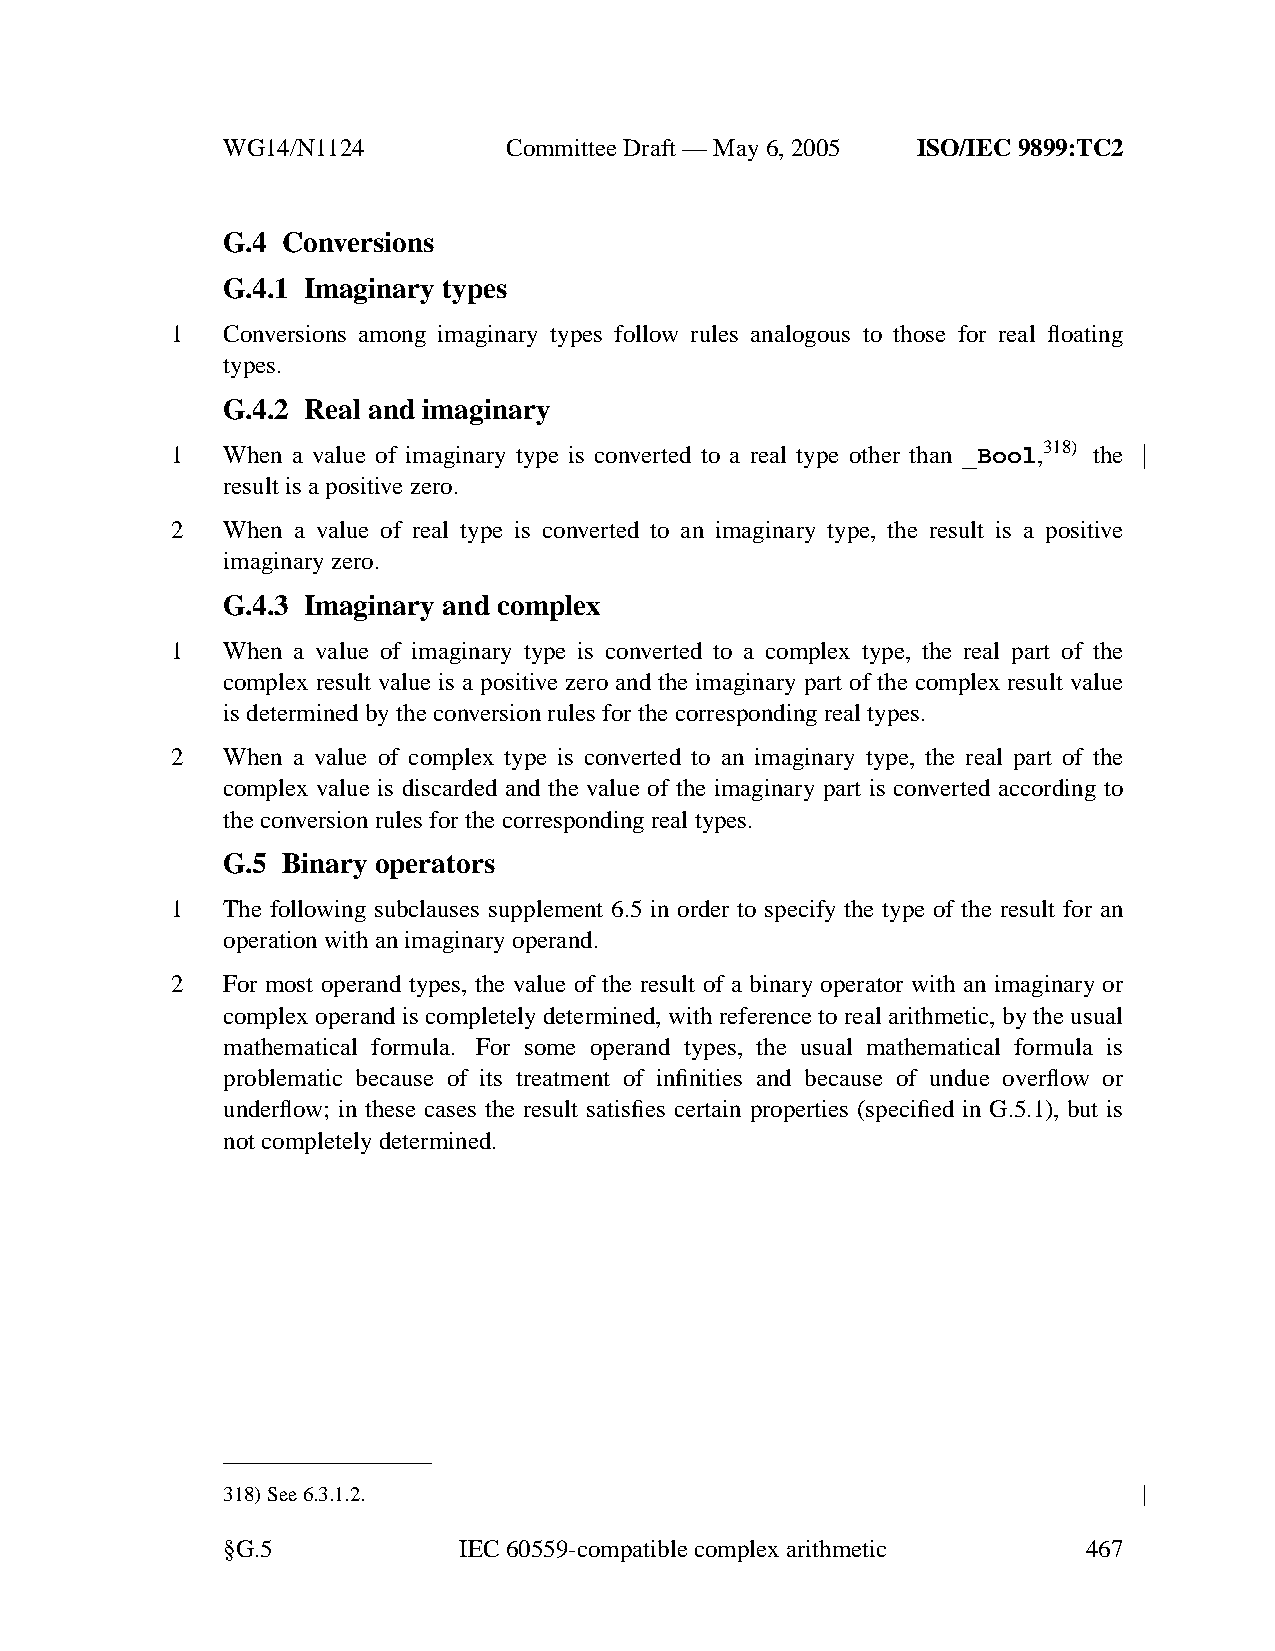
WG14/N1124        CommitteeDraft — May 6, 2005 ISO/IEC 9899:TC2
 G.4 Conversions
 G.4.1 Imaginary types
 1   Conversions among imaginary types follow rules analogous to those for real floating
 types.
 G.4.2 Real and imaginary
 1   When a value of imaginary type is converted to a real type other than _Bool,318) the
 result is a positive zero.
 2   When a value of real type is converted to an imaginary type, the result is a positive
 imaginary zero.
 G.4.3 Imaginary and complex
 1   When a value of imaginary type is converted to a complex type, the real part of the
 complex result value is a positive zero and the imaginary part of the complex result value
 is determined by the conversion rules for the corresponding real types.
 2   When a value of complex type is converted to an imaginary type, the real part of the
 complex value is discarded and the value of the imaginary part is converted according to
 the conversion rules for the corresponding real types.
 G.5 Binary operators
 1   The following subclauses supplement 6.5 in order to specify the type of the result for an
 operation with an imaginary operand.
 2   For most operand types, the value of the result of a binary operator with an imaginary or
 complex operand is completely determined, with reference to real arithmetic, by the usual
 mathematical formula. For some operand types, the usual mathematical formula is
 problematic because of its treatment of infinities and because of undue overflow or
 underflow; in these cases the result satisfies certain properties (specified in G.5.1), but is
 not completely determined.
 318)See 6.3.1.2.
 §G.5           IEC 60559-compatible complexarithmetic    467